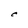
Character: C